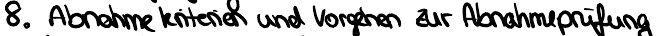
8. Abnahmekriterien und Vorgehen zur Abnahmeprüfung